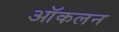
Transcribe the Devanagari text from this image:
ऑकलन